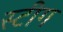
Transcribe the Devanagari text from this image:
स्टीग